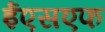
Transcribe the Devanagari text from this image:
ईएसएफ